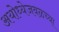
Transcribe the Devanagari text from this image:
अयोध्येजवळच्या